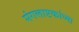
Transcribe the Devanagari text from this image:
मंगलाष्टकांच्या